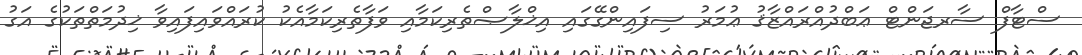
ސްޓާފް ސާރޖަންޓް ޢަބްދުއްރައްޒާޤު ޢުމަރު ސިފައިންގޭގައި އިޚްލާޞްތެރިކަމާއި ވަފާތެރިކަމާއެކު ކުރައްވައިފައިވާ ޚިދުމަތްތަކުގެ އަގު